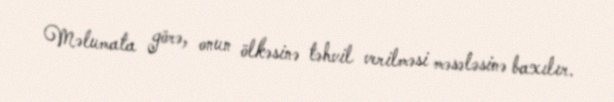
Məlumata görə, onun ölkəsinə təhvil verilməsi məsələsinə baxılır.